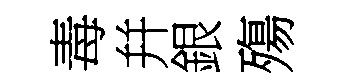
毒幷銀殤